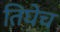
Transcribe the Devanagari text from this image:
तिघेच